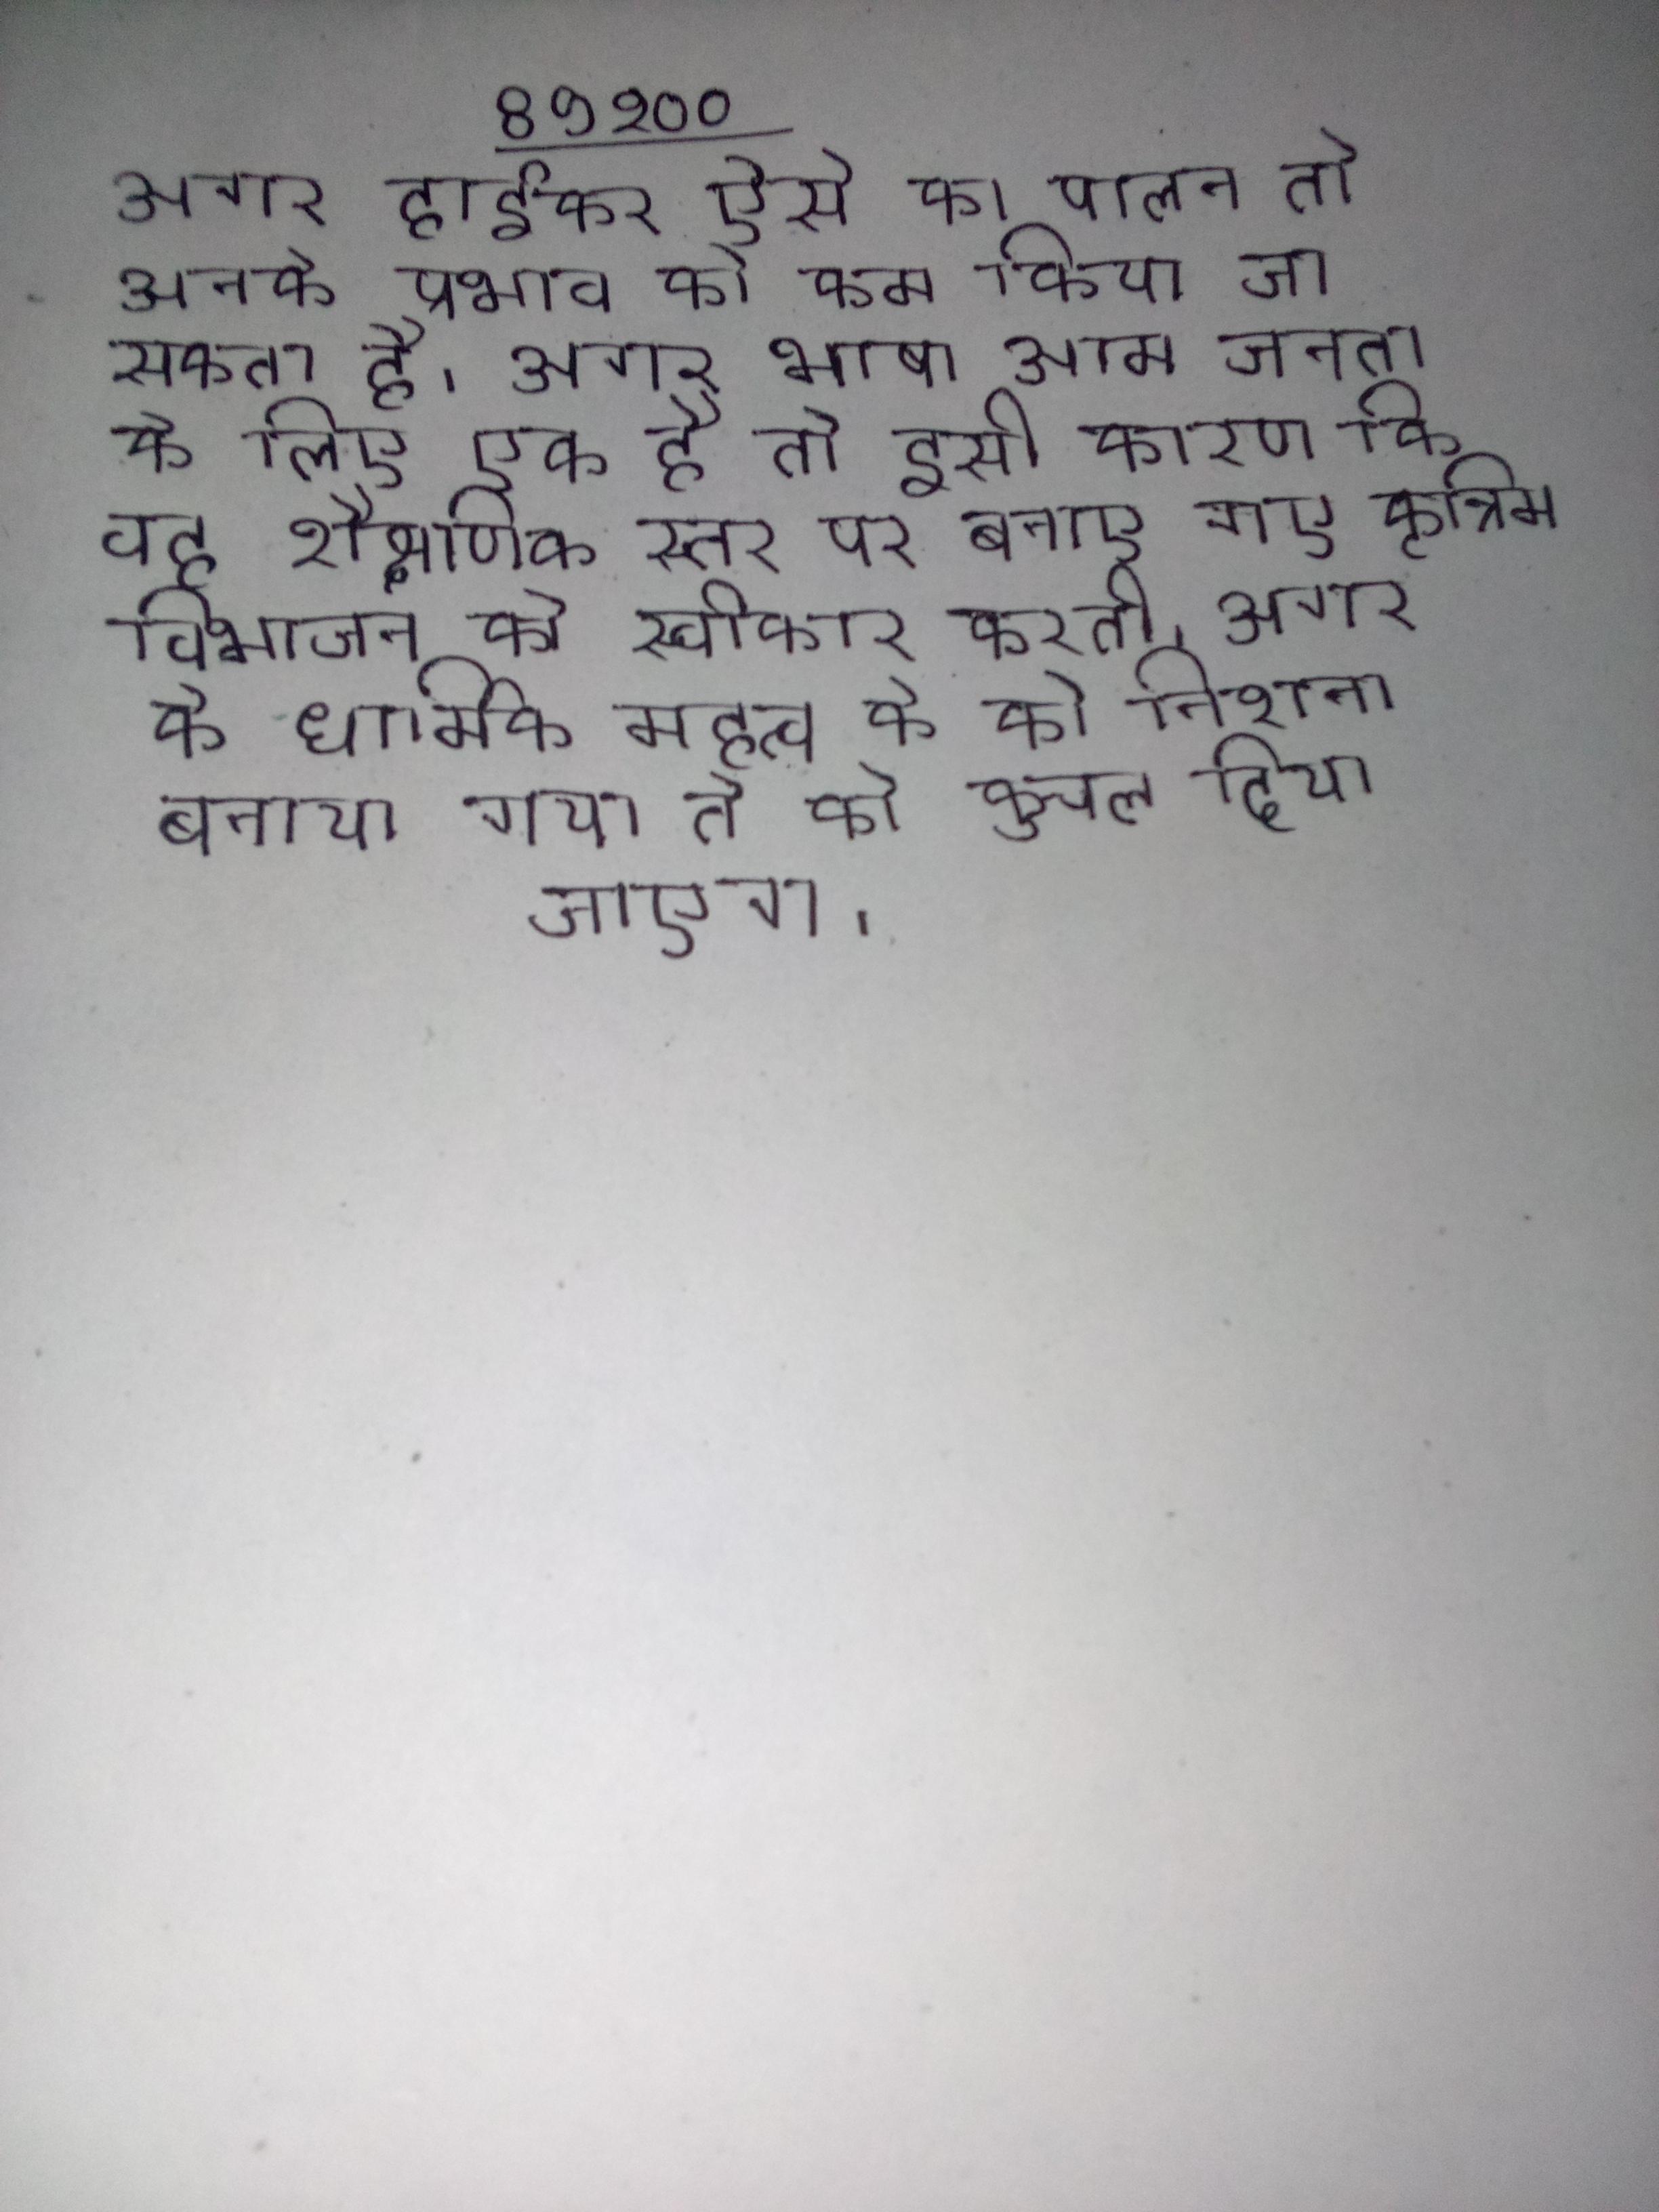
अगर हाईकर ऐसे का पालन तो उनके प्रभाव को कम किया जा सकता है । अगर भाषा आम जनता के लिए एक है तो इसी कारण कि वह शैक्षणिक स्तर पर बनाए गए कृत्रिम विभाजन को स्वीकार करती । अगर के धार्मिक महत्व के को निशाना बनाया गया तो को कुचल दिया जाएगा ।